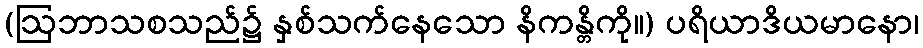
(ဩဘာသစသည်၌ နှစ်သက်နေသော နိကန္တိကို။) ပရိယာဒိယမာနော၊